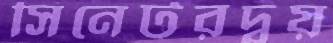
সিনেটরদ্বয়